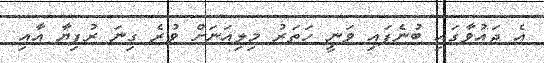
އެ ދައުވާގައި ބުނެފައި ވަނީ ހަތަރު މިލިއަނަށް ވުރެ ގިނަ ރުފިޔާ އާއި